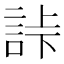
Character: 𧧎